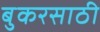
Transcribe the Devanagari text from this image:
बुकरसाठी